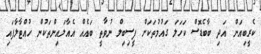
ކެރީބިއަން އަދި ބާބެޑޮސް ކަހަލަ ގައުމުތަކަށް ފީސިބިލް ނުވާތީ ބައެއް އެއާލައިންތަކުން ހުއްޓާލާފައި